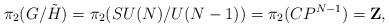
\begin{align*}\pi_2(G/\tilde H) = \pi_2(SU(N)/U(N-1)) = \pi_2(CP^{N-1}) = {\bf Z} ,\end{align*}